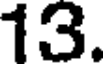
13.